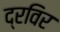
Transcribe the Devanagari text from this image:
द्रविर